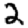
Digit: 2